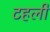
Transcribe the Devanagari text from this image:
टहली